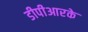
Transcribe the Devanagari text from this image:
डीपीआरके